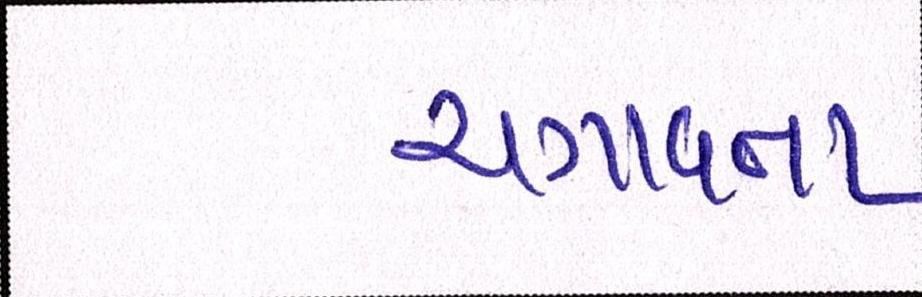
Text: ચગાવતા